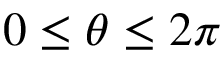
0 \leq \theta \leq 2 \pi